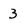
Character: 3